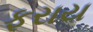
ફરાય